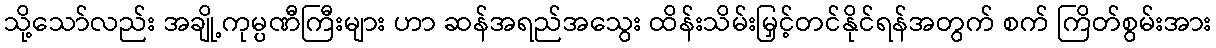
သို့သော်လည်း အချို့ကုမ္ပဏီကြီးများ ဟာ ဆန်အရည်အသွေး ထိန်းသိမ်းမြှင့်တင်နိုင်ရန်အတွက် စက် ကြိတ်စွမ်းအား